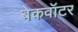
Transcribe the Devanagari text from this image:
बेकवॉटर